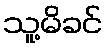
သူ့မိခင်